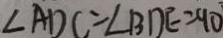
\angle A D C = \angle B D E = 9 0